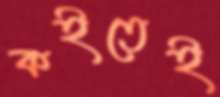
কইতেই